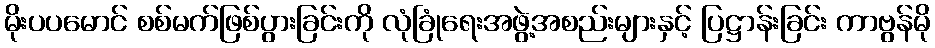
မိုးပပမောင် စစ်မက်ဖြစ်ပွားခြင်းကို လုံခြုံရေးအဖွဲ့အစည်းများနှင့် ပြဋ္ဌာန်းခြင်း ကာဗွန်မို